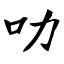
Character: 叻